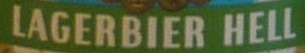
LAGERBIER HELL